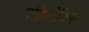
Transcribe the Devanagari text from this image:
नट्रिउरेटिक